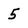
Character: 5